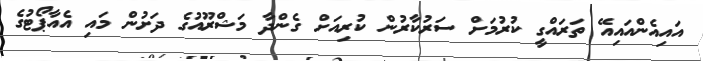
އައިއެންއައިއޭ ތަރައްގީ ކުރުމަށް ސަރުކާރުން ކުރިއަށް ގެންދާ މަޝްރޫއުގެ ދަށުން މައި އެއާޕޯޓުގެ